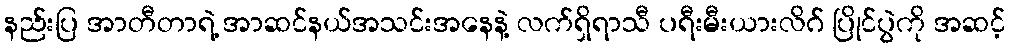
နည်းပြ အာတီတာရဲ့ အာဆင်နယ်အသင်းအနေနဲ့ လက်ရှိရာသီ ပရီးမီးယားလိဂ် ပြိုင်ပွဲကို အဆင့်